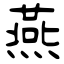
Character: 燕